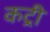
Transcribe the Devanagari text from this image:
कट्री